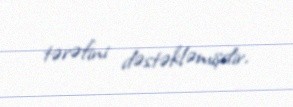
tərəfini dəstəkləmişdir.